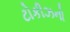
ટોકીઝનો